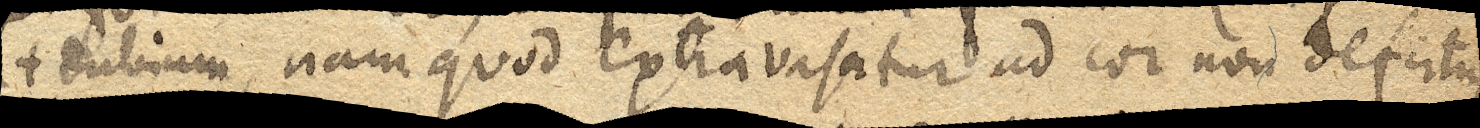
(+ Dubium, nam quod extravasatur ad cor non defertur).